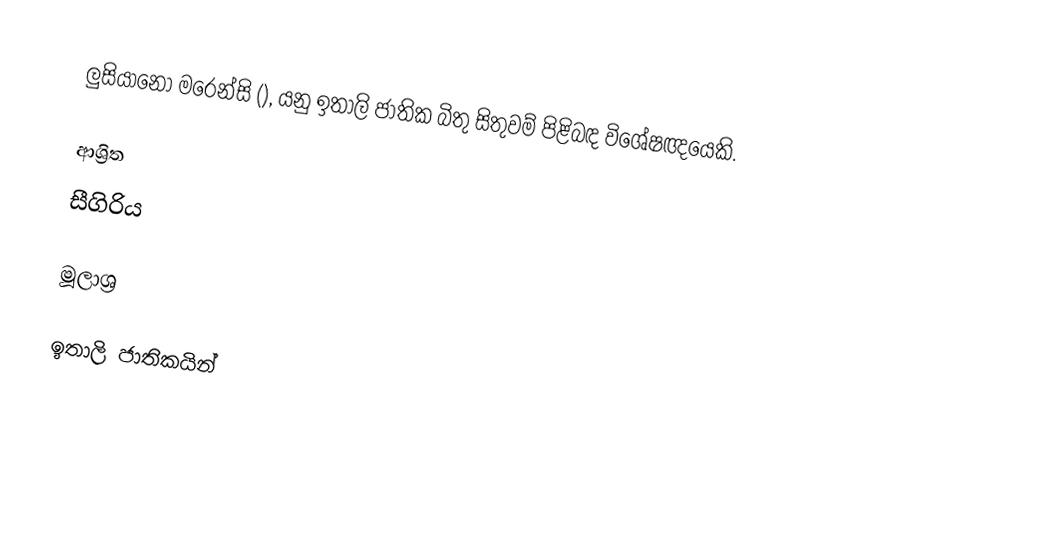
ලුසියානෝ මරෙන්සි (), යනු ඉතාලි ජාතික බිතු සිතුවම් පිළිබඳ විශේෂඥයෙකි.

ආශ්‍රිත
 සීගිරිය

මූලාශ්‍ර

ඉතාලි ජාතිකයින්